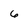
Character: 6